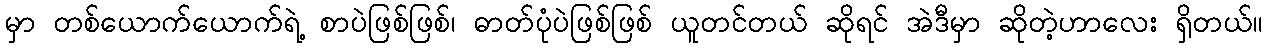
မှာ တစ်ယောက်ယောက်ရဲ့ စာပဲဖြစ်ဖြစ်၊ ဓာတ်ပုံပဲဖြစ်ဖြစ် ယူတင်တယ် ဆိုရင် အဲဒီမှာ ဆိုတဲ့ဟာလေး ရှိတယ်။